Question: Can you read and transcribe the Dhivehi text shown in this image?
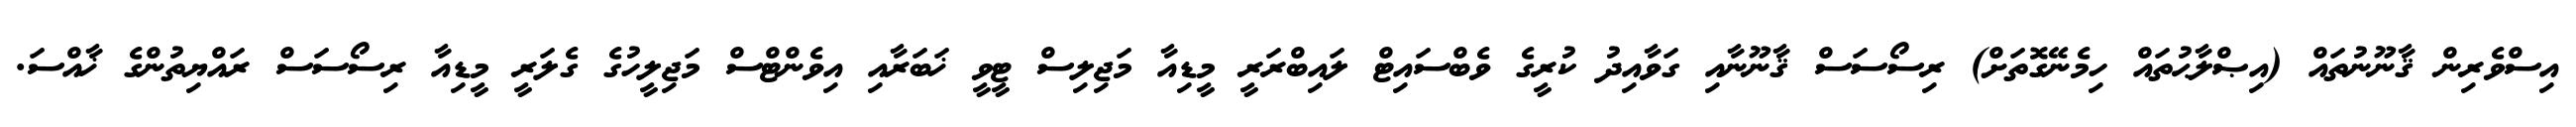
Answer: އިސްވެރިން ޤާނޫނުތައް (އިޞްލާޙުތައް ހިމެނޭގޮތަށް) ރިސޯސަސް ޤާނޫނާއި ގަވާއިދު ކުރީގެ ވެބްސައިޓް ލައިބްރަރީ މީޑިއާ މަޖިލިސް ޓީވީ ޚަބަރާއި އިވެންޓްސް މަޖިލީހުގެ ގެލަރީ މީޑިއާ ރިސޯސަސް ރައްޔިތުންގެ ޚާއްސަ.